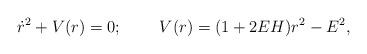
LaTeX: \begin{align*}\dot{r}^2+V(r)=0;\;\;\;\;\;\;\;\;V(r)=(1+2EH)r^2-E^2,\end{align*}